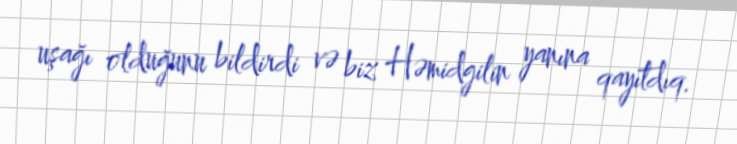
uşağı olduğunu bildirdi və biz Həmidgilin yanına qayıtdıq.